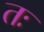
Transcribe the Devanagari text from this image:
तः